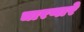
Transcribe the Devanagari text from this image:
चारणारे